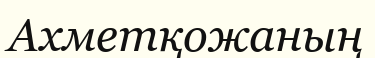
Ахметқожаның